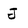
Character: J